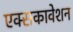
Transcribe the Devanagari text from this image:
एक्सकावेशन